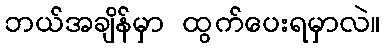
ဘယ်အချိန်မှာ ထွက်ပေးရမှာလဲ။